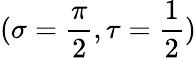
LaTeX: (\sigma=\frac{\pi}{2},\tau=\frac{1}{2})